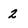
Character: 2